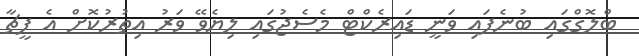
ބްލޮގްގައި ބުނެފައި ވަނީ ޑައިރެކްޓް މެސެޖުގައި ލިޔެވޭ ވަރު އިތުރުކޮށް އެ ފީޗާ